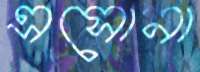
এসোনা